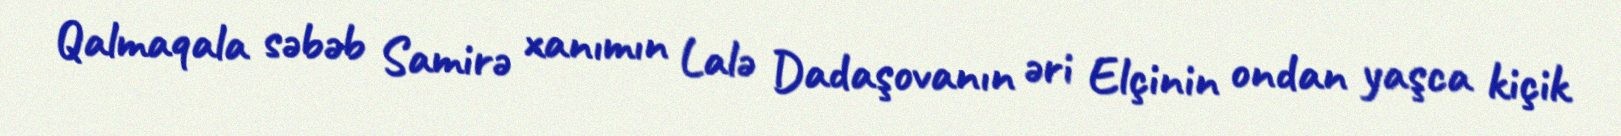
Qalmaqala səbəb Samirə xanımın Lalə Dadaşovanın əri Elçinin ondan yaşca kiçik